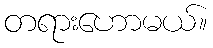
တရားဟောမယ်။